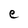
Character: e